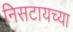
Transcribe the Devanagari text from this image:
निसटायच्या